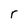
Character: r